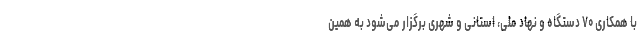
با همکاری ۷۰ دستگاه و نهاد ملی،‌ استانی و شهری برگزار می‌شود به همین